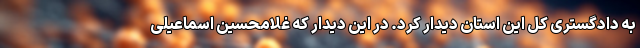
به دادگستری کل این استان دیدار کرد. در این دیدار که غلامحسین اسماعیلی